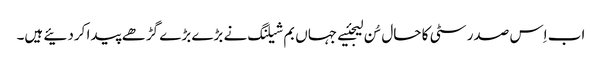
اب اِس صدر سٹی کا حال سُن لیجئیے جہاں بم شیلنگ نے بڑے بڑے گڑھے پیدا کردئیے ہیں۔